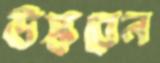
উস্‌কবেন